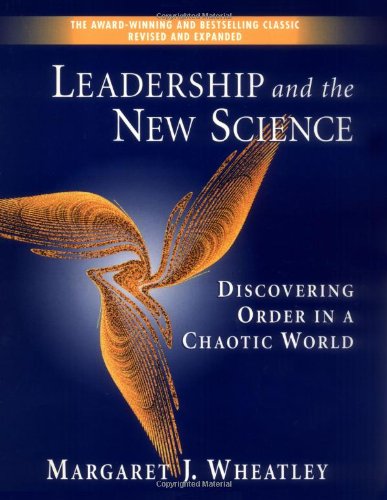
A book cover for Leadership and the New Science: Discovering Order in a Chaotic World (Revised and Expanded 2nd Edition); Margaret J. Wheatley; Science & Math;